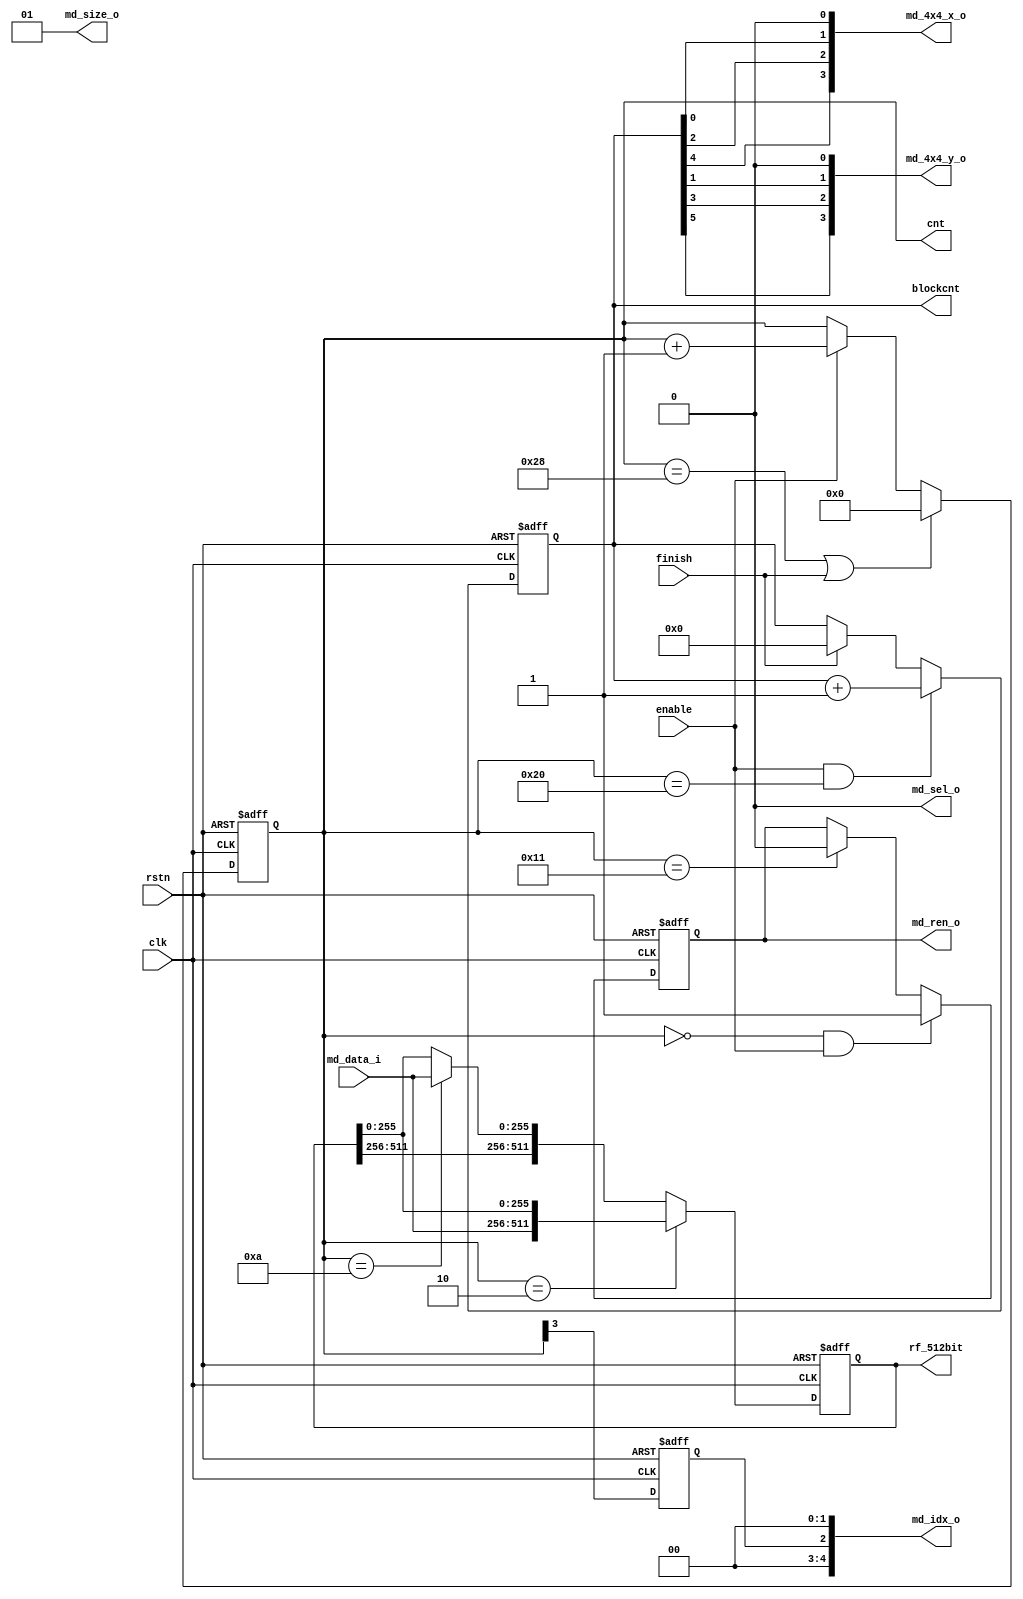
module fetch8x8(
	clk,
	rstn,
	
	enable,
	cnt,
	blockcnt,
	finish,
	rf_512bit,
	
	md_ren_o,	
	md_sel_o,	
	md_size_o,	
	md_4x4_x_o,	
	md_4x4_y_o,
	md_idx_o,	
	md_data_i	
);

	input						clk;
	input						rstn;
	input						enable;

	output		[5:0]			cnt;
	output		[6:0]			blockcnt;
	output      [511:0]         rf_512bit;
	input						finish;
	output						md_ren_o	;
	output						md_sel_o	;
	output		[1:0]			md_size_o	;
	output		[3:0]			md_4x4_x_o	;
	output		[3:0]			md_4x4_y_o	;
	output		[4:0]			md_idx_o	;
	input		[255:0]			md_data_i	;
	
	reg							md_ren_o	;
	wire						md_sel_o	;
	wire		[1:0]			md_size_o	;
	wire		[3:0]			md_4x4_x_o	;
	wire		[3:0]			md_4x4_y_o	;
	wire		[4:0]			md_idx_o	;
	reg         [511:0]         rf_512bit;
			
	reg			[5:0]			cnt;
	reg			[6:0]			blockcnt;
	wire		[255:0]			rdata;
	reg							flag;
	
//=====================================================================================
	
	assign		md_sel_o	=	1'b0;
	assign		md_size_o	=	2'b01;
	assign		md_idx_o	=	{2'b00,flag,2'b00};
	assign		md_4x4_x_o	=	{blockcnt[4],blockcnt[2],blockcnt[0],1'b0};
	assign		md_4x4_y_o	=	{blockcnt[5],blockcnt[3],blockcnt[1],1'b0};
	
	assign		rdata		=	md_data_i;
	
	always@(posedge clk or negedge rstn)
		if(!rstn)
			flag	<=	1'b0;
		else
			flag	<=	cnt[3];
	
	always@(posedge clk or negedge rstn)
		if(!rstn)
			cnt <= 'd0;
		else if((cnt == 'd40)||finish)
			cnt <= 'd0;
		else if(enable)
			cnt <= cnt + 1'b1;
			
	always@(posedge clk or negedge rstn)
		if(!rstn)
			blockcnt <= 'd0;
		else if(enable && (cnt == 'd32))
			blockcnt <= blockcnt + 1'b1;
		else if(finish)
			blockcnt <=	'd0;
	
	always@(posedge clk or negedge rstn)
		if(!rstn)
			md_ren_o	<=	1'b0;
		else if((cnt == 'd0)&&enable)
			md_ren_o	<=	1'b1;
		else if(cnt == 'd17)
			md_ren_o	<=	1'b0;
			
	always@(posedge clk or negedge rstn)
		if(!rstn)
			rf_512bit <= 512'b0;
		else if(cnt == 'd2)
			rf_512bit <= {rdata,rf_512bit[255:0]};
		else if(cnt == 'd10)
			rf_512bit <= {rf_512bit[511:256],rdata};
			
endmodule